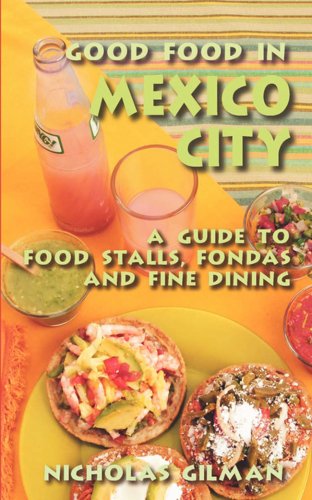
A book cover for Good Food in Mexico City: A Guide to Food Stalls, Fondas and Fine Dining; Nicholas Gilman; Travel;